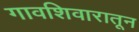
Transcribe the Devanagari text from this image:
गावशिवारातून